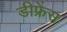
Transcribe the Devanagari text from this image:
डीफ्रेंस